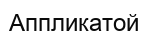
Аппликатой